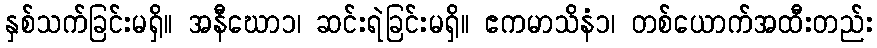
နှစ်သက်ခြင်းမရှိ။ အနီဃော၁၊ ဆင်းရဲခြင်းမရှိ။ ဧကမာသိနံ၁၊ တစ်ယောက်အထီးတည်း